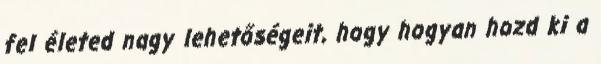
fel életed nagy lehetőségeit, hogy hogyan hozd ki a